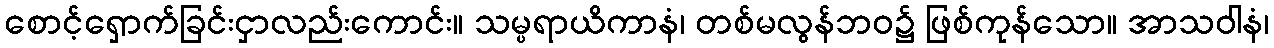
စောင့်ရှောက်ခြင်းငှာလည်းကောင်း။ သမ္ပရာယိကာနံ၊ တစ်မလွန်ဘဝ၌ ဖြစ်ကုန်သော။ အာသဝါနံ၊